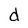
Character: d